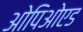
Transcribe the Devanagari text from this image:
ओपिओएड